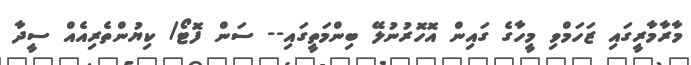
މާރާމާރީގައި ޒަހަމްވި މީހާގެ ގައިން އޮހޮރުނުލޭ ބިންމަތީގައި-- ސަން ފޮޓޯ/ ކިޔުންތެރިއެއް ސީދާ